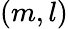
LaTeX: (m,l)